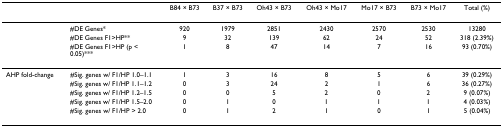
<table><thead><tr><td></td><td></td><td><b>B84 × B73</b></td><td><b>B37 × B73</b></td><td><b>Oh43 × B73</b></td><td><b>Oh43 × Mo17</b></td><td><b>Mo17 × B73</b></td><td><b>B73 × Mo17</b></td><td><b>Total (%)</b></td></tr></thead><tbody><tr><td></td><td>#DE Genes*</td><td>920</td><td>1979</td><td>2851</td><td>2430</td><td>2570</td><td>2530</td><td>13280</td></tr><tr><td></td><td>#DE Genes F1&gt;HP**</td><td>9</td><td>32</td><td>139</td><td>62</td><td>24</td><td>52</td><td>318 (2.39%)</td></tr><tr><td></td><td>#DE Genes F1&gt;HP (p &lt; 0.05)***</td><td>1</td><td>8</td><td>47</td><td>14</td><td>7</td><td>16</td><td>93 (0.70%)</td></tr><tr><td>AHP fold-change</td><td>#Sig. genes w/ F1/HP 1.0–1.1</td><td>1</td><td>3</td><td>16</td><td>8</td><td>5</td><td>6</td><td>39 (0.29%)</td></tr><tr><td></td><td>#Sig. genes w/ F1/HP 1.1–1.2</td><td>0</td><td>3</td><td>24</td><td>2</td><td>1</td><td>6</td><td>36 (0.27%)</td></tr><tr><td></td><td>#Sig. genes w/ F1/HP 1.2–1.5</td><td>0</td><td>0</td><td>5</td><td>2</td><td>0</td><td>2</td><td>9 (0.07%)</td></tr><tr><td></td><td>#Sig. genes w/ F1/HP 1.5–2.0</td><td>0</td><td>1</td><td>0</td><td>1</td><td>1</td><td>1</td><td>4 (0.03%)</td></tr><tr><td></td><td>#Sig. genes w/ F1/HP &gt; 2.0</td><td>0</td><td>1</td><td>2</td><td>1</td><td>0</td><td>1</td><td>5 (0.04%)</td></tr></tbody></table>